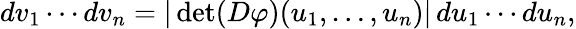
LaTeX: dv_{1}\cdots dv_{n}=|\operatorname*{det}(D\varphi)(u_{1},\ldots,u_{n})|\, du_{1}\cdots du_{n},